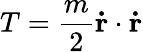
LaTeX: T={\frac{m}{2}}\mathbf{\dot{r}}\cdot\mathbf{\dot{r}}